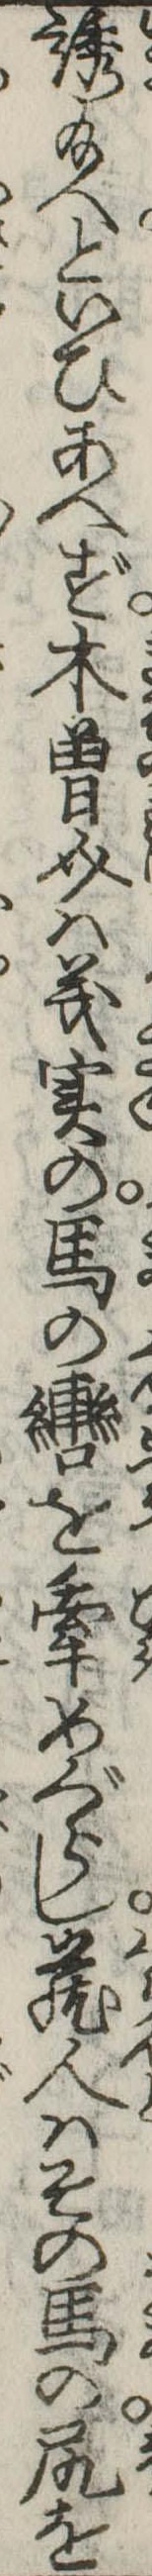
誘給へといひあへず木曽介は義実の馬の轡を牽めぐらし蔵人はその馬の尻を